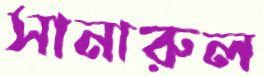
সানারুল